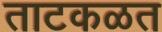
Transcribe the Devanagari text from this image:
ताटकळत